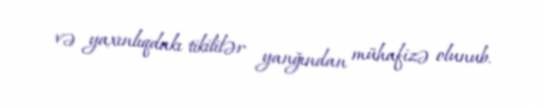
və yaxınlıqdakı tikililər yanğından mühafizə olunub.